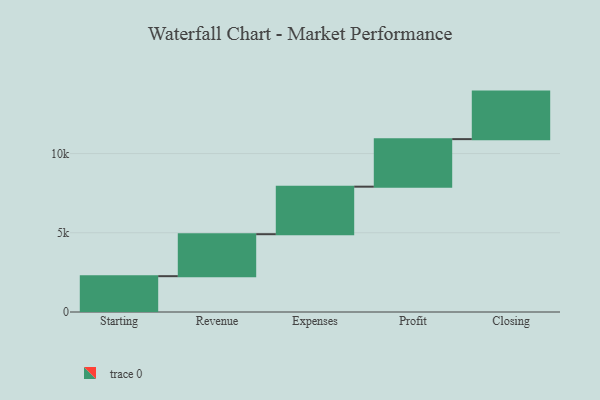
{"axis": {"x": "Step", "y": "Value"}, "legend": [""], "data": [{"x": "Starting", "y": 2261.0, "type": ""}, {"x": "Revenue", "y": 2649.0, "type": ""}, {"x": "Expenses", "y": 3000, "type": ""}, {"x": "Profit", "y": 3000, "type": ""}, {"x": "Closing", "y": 3000, "type": ""}]}